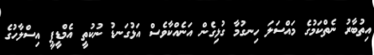
އިތުބާރު ނެތްކަމުގެ މައްސަލަ ހިނގުމާ ގުޅިގެން އަނެއްކާވެސް އަޅުގަނޑު ނުކުތީ އެމްޑީޕީ އިސްލާހުގެ